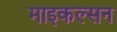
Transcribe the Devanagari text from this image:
माइकल्सन